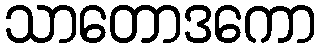
သာတောဒကော